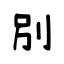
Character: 別